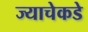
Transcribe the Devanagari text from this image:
ज्याचेकडे